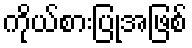
ကိုယ်စားပြုအဖြစ်